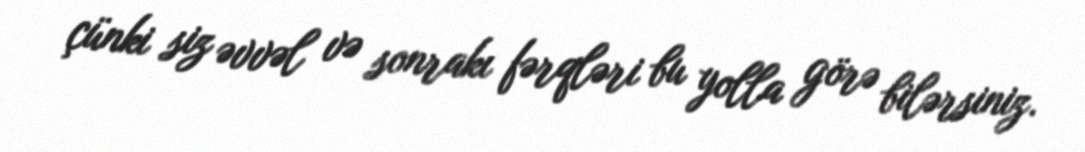
çünki siz əvvəl və sonrakı fərqləri bu yolla görə bilərsiniz.